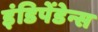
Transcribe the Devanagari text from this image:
इंडिपेंडेन्स